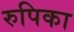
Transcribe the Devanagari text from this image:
रुपिका